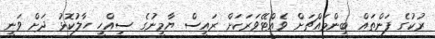
ރުކުގެ ފަންތައް ބިންމައްޗަށް ވެއްޓޭވަރަކަށް ރައީސް ޔާމީނުގެ ސިއްހީ ހާލުކޮޅު ދަށް ވަނީ